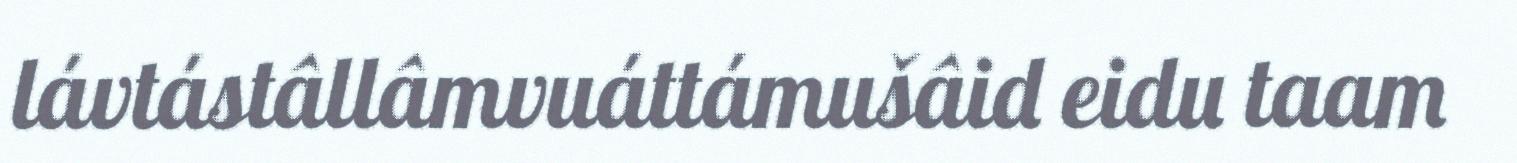
lávtástâllâmvuáttámušâid eidu taam